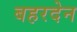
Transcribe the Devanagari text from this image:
बहरदेन